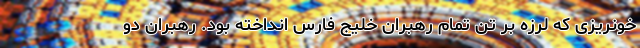
خونریزی که لرزه بر تن تمام رهبران خلیج فارس انداخته بود. رهبران دو